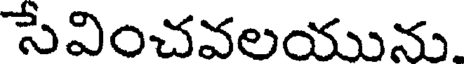
సేవించవలయును